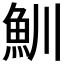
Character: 𩵙